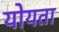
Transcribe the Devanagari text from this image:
योयता